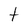
Character: t